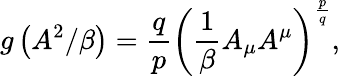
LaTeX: g\left(A^{2}/\beta\right)=\frac{q}{p}\left(\frac{1}{\beta}A_{\mu}A^{\mu}\right)^{\frac{p}{q}},